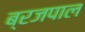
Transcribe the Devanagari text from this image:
ब्रजपाल